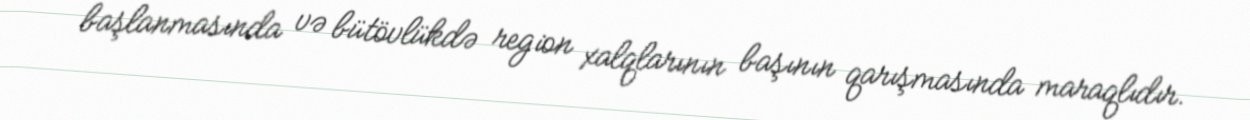
başlanmasında və bütövlükdə region xalqlarının başının qarışmasında maraqlıdır.